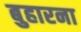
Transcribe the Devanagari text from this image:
बुहारना